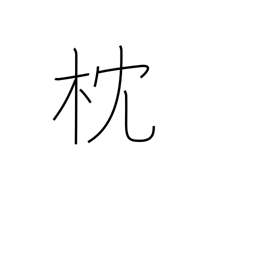
Meaning: pillow